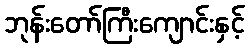
ဘုန်းတော်ကြီးကျောင်းနှင့်